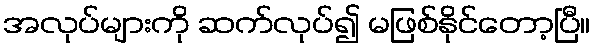
အလုပ်များကို ဆက်လုပ်၍ မဖြစ်နိုင်တော့ပြီ။